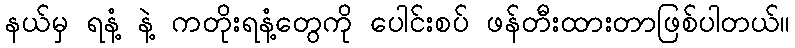
နယ်မှ ရနံ့ နဲ့ ကတိုးရနံ့တွေကို ပေါင်းစပ် ဖန်တီးထားတာဖြစ်ပါတယ်။